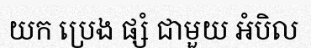
យក ប្រេង ផ្សំ ជាមួយ អំបិល